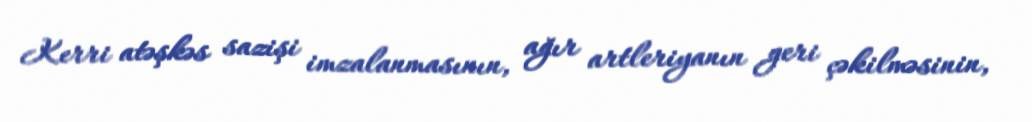
Kerri atəşkəs sazişi imzalanmasının, ağır artleriyanın geri çəkilməsinin,